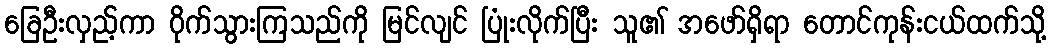
ခြေဦးလှည့်ကာ ဝိုက်သွားကြသည်ကို မြင်လျင် ပြုံးလိုက်ပြီး သူ၏ အဖော်ရှိရာ တောင်ကုန်းငယ်ထက်သို့